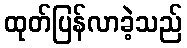
ထုတ်ပြန်လာခဲ့သည်